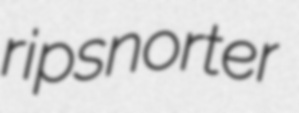
ripsnorter